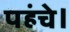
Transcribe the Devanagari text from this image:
पहंचे।